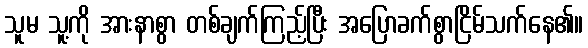
သူမ သူ့ကို အားနာစွာ တစ်ချက်ကြည့်ပြီး အပြောခက်စွာငြိမ်သက်နေ၏။